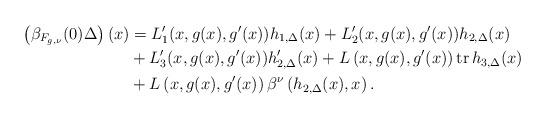
LaTeX: \begin{align*}\left(\beta_{F_{g, \nu}}(0)\Delta\right)(x)&=L_1'(x, g(x), g'(x))h_{1, \Delta}(x) +L_2'(x, g(x), g'(x))h_{2, \Delta}(x) \\& + L_3'(x, g(x), g'(x))h_{2, \Delta}'(x) +L\left(x, g(x),g'(x)\right) \operatorname{tr}h_{3, \Delta}(x) \\& + L\left(x, g(x),g'(x)\right)\beta^\nu\left(h_{2, \Delta}(x), x \right).\end{align*}